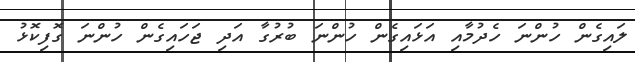
ލައިގެން ހުންނަ ހެދުމާއި އަޅައިގެން ހުންނަ ބުރުގާ އަދި ޖަހައިގެން ހުންނަ ގޮފިކޮޅު